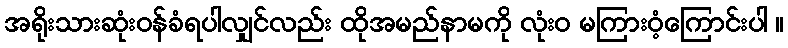
အရိုးသားဆုံးဝန်ခံရပါလျှင်လည်း ထိုအမည်နာမကို လုံးဝ မကြားဝံ့ကြောင်းပါ ။